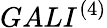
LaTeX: GALI^{(4)}